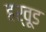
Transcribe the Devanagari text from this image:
हर्वूड